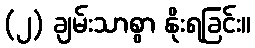
(၂) ချမ်းသာစွာ နိုးရခြင်း။